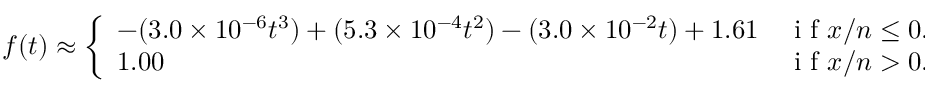
f ( t ) \approx \left\{ \begin{array} { l l } { - ( 3 . 0 \times 1 0 ^ { - 6 } t ^ { 3 } ) + ( 5 . 3 \times 1 0 ^ { - 4 } t ^ { 2 } ) - ( 3 . 0 \times 1 0 ^ { - 2 } t ) + 1 . 6 1 } & { { \mathrm { ~ i ~ f ~ } x / n \leq 0 . 0 0 2 4 } } \\ { 1 . 0 0 } & { { \mathrm { ~ i ~ f ~ } x / n > 0 . 0 0 2 4 } } \end{array} \right.